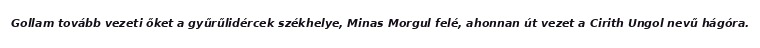
Gollam tovább vezeti őket a gyűrűlidércek székhelye, Minas Morgul felé, ahonnan út vezet a Cirith Ungol nevű hágóra.